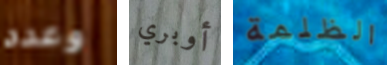
وعدد أوبري الظلمة